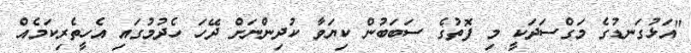
"އަޅުގަނޑުގެ މަގްސަދަކީ މި ފޮތުގެ ސަބަބުން ކިޔަވާ ކުދިންނަށް ދޭހަ ހެދުމުގައި އެހީތެރިކަމެއް